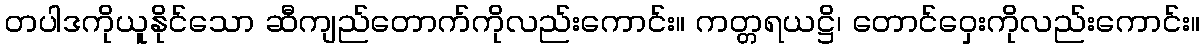
တပါဒကိုယူနိုင်သော ဆီကျည်တောက်ကိုလည်းကောင်း။ ကတ္တရယဋ္ဌိ၊ တောင်ဝှေးကိုလည်းကောင်း။